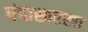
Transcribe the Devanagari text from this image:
पंपासारखा